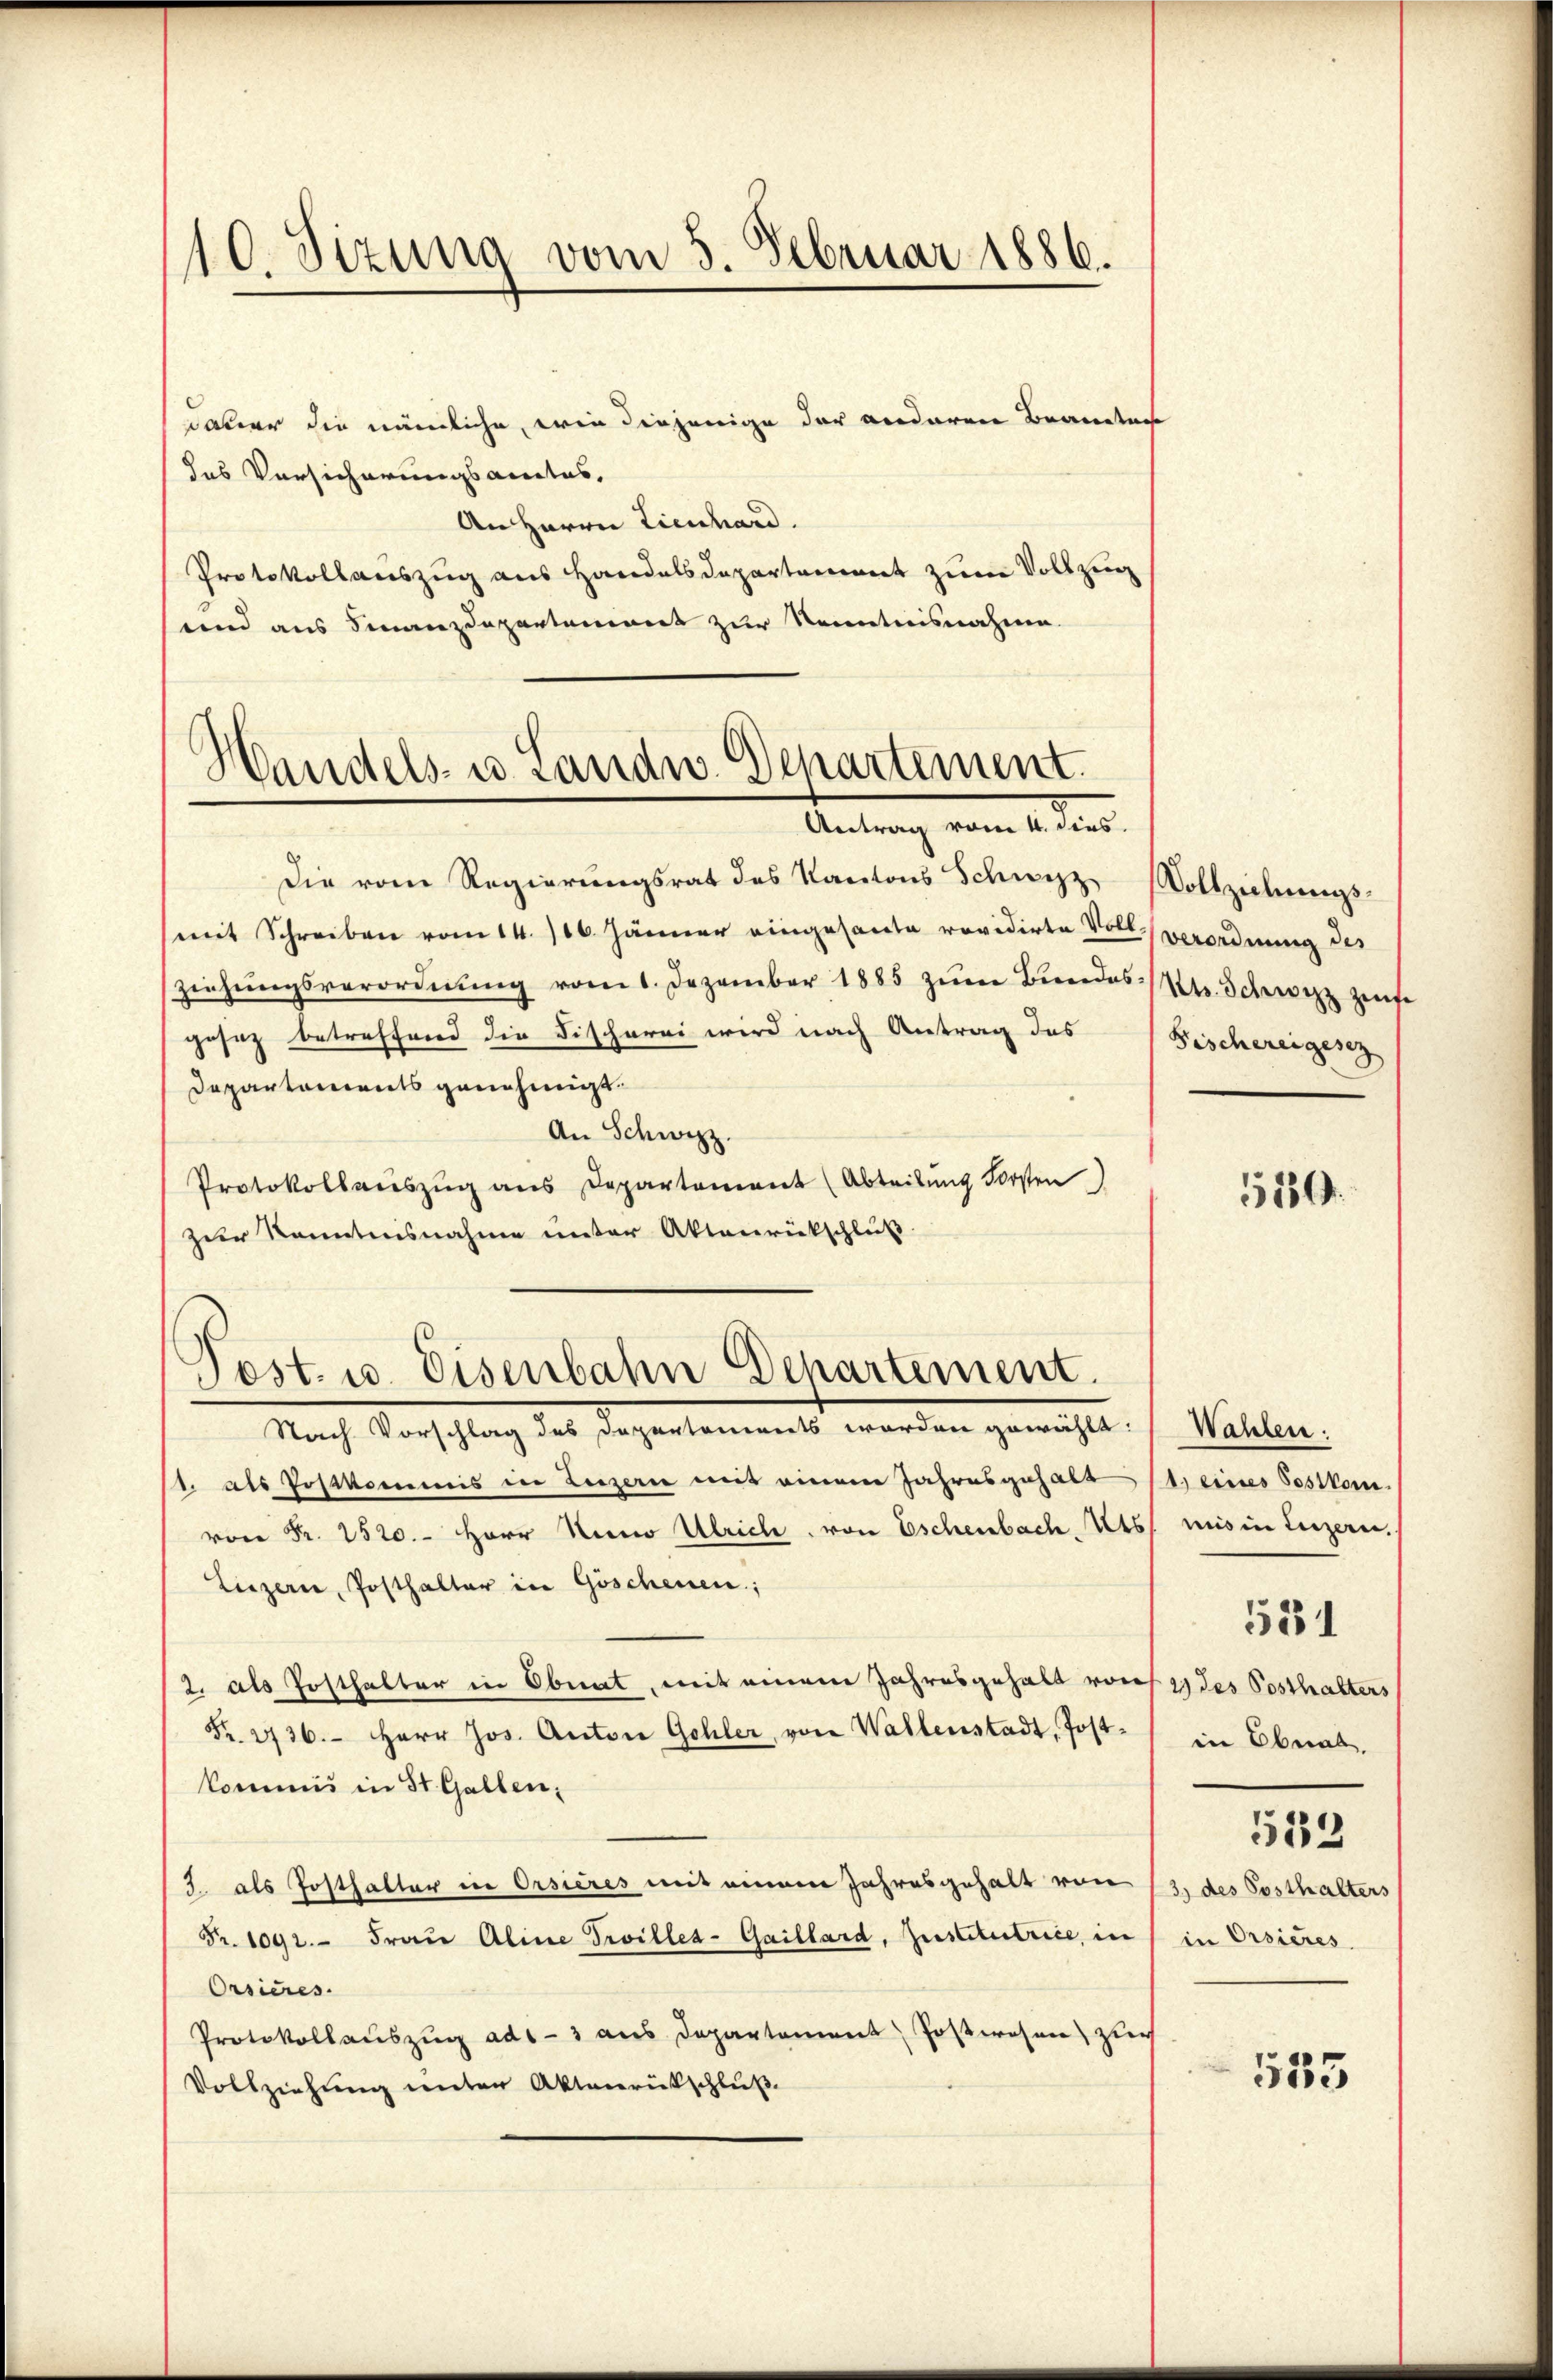
10. Sizung vom 3. Februar 1886.

dauer die nämliche, wie diejenige der anderen Brandtag
das Versicherungsantes,
An Herrn Lienhard.
Protokollauszug aus Handelsdepartament zum Vollzug
und aus Finanzdepartement zur Kenntnisnahme.

Handels- u. Landw. Departement.
Antrag vom 4. dies

Die vom Regierungsrat des Kantons Schwyz, Vollziehungs-
(mit Schreiben vom 14. 116. Jänner eingesante revidirte Voll verordnung des
ziehŭngsverordnŭng vom 1. Dezember 1885 zŭm Biedes Dr. Schreizz zinse
gesez betreffend die Fischerei wird nach Antrag des
Departements genehmigt.
An Schwyz.
Protokollaŭszŭg ans Departement (Abteilung Forsten)
zur Kenntnisnahme unter Aktenrückschluß

Post. u. Eisenbahn Departement.

Fischereigesez

Nach Vorschlag des Departement werden gemacht, s. Willen.
1. als Postkommnis in Luzern mit einem Jahresgehalt 11. eines Postkom-
von Fr. 1520. Herr Senio Ulrich, von Eschenbach, Kts. mis in Luzern.
Liezern, Posthalter in Göschenen;
2. als Posthalter in Obnat, mit einem Jahresgehalt von 4 des Posthalters
Fr. 2736. Herr Jos. Anton Gohler von Wallenstadt, Post- in Ebnal.
kommis in St. Gallen¬
J. als Posthalter in Orsieres mit einem Jahresgehalt von 13, des Posthalters
Fr. 1092. Frau Aline Troilles-Gaillard, Institutrice, in / in Orsieres
Orsieres.
Protokollauszug ads-3 aus Departement Postwesen zuch
Vollziehung unter Aktenrückschluß

5289.

513

531

535